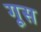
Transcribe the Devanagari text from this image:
गूस